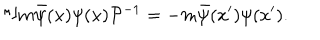
{ \cal { P } } m \bar { \psi } ( x ) \psi ( x ) { \cal { P } } ^ { - 1 } = - m \bar { \psi } ( x ^ { \prime } ) \psi ( x ^ { \prime } ) .